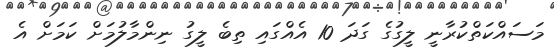
މަސައްކަތްކުރާނީ ލީގުގެ ގަދަ 10 އެއްގައި ތިބެ ލީގު ނިންމާލުމަށް ކަމަށް އެ